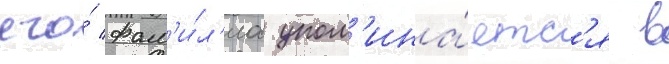
его́ фам'и́л'иа упом'ина́етс'я в